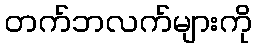
တက်ဘလက်များကို